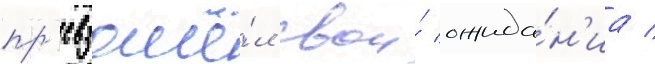
пр'евзошё́л свои́ ожида́н'иа /